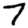
Digit: 7